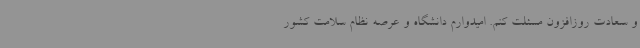
و سعادت روزافزون مسئلت کنم. امیدوارم دانشگاه و عرصه نظام سلامت کشور